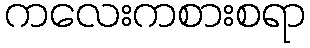
ကလေးကစားစရာ